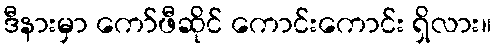
ဒီနားမှာ ကော်ဖီဆိုင် ကောင်းကောင်း ရှိလား။